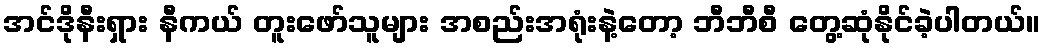
အင်ဒိုနီးရှား နီကယ် တူးဖော်သူများ အစည်းအရုံးနဲ့တော့ ဘီဘီစီ တွေ့ဆုံနိုင်ခဲ့ပါတယ်။